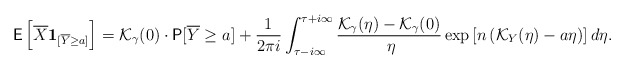
\begin{align*} \mathsf{E}\left[\overline{X} {\bf 1}_{[\overline{Y} \geq a]}\right] = \mathcal{K}_\gamma(0) \cdot \mathsf{P}[\overline{Y} \geq a] + \frac{1}{2\pi i} \int_{\tau-i\infty}^{\tau+i\infty} \frac{\mathcal{K}_\gamma(\eta) - \mathcal{K}_\gamma(0)}{\ \eta} \exp \left[ n \left( \mathcal{K}_{Y}(\eta) - a \eta \right)\right] d \eta. \end{align*}